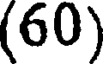
(60)